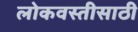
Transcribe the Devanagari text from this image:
लोकवस्तीसाठी